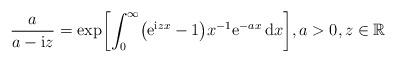
LaTeX: \begin{align*} \frac{a}{a-\mathrm{{i}}z} = \exp \biggl[ \int_0^\infty\bigl(\mathrm{e}^{\mathrm{i}zx}-1 \bigr) x^{-1} \mathrm{e}^{-a x} \,\mathrm{d}x \biggr], a>0 , z \in{\mathbb{R}}\end{align*}